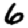
Digit: 6